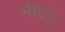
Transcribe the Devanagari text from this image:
नीरांत